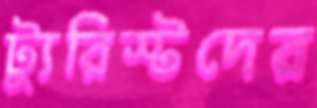
ট্যুরিস্টদের